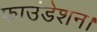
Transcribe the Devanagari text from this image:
फाउंडेशन।